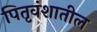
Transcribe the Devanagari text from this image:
पितृवंशातील